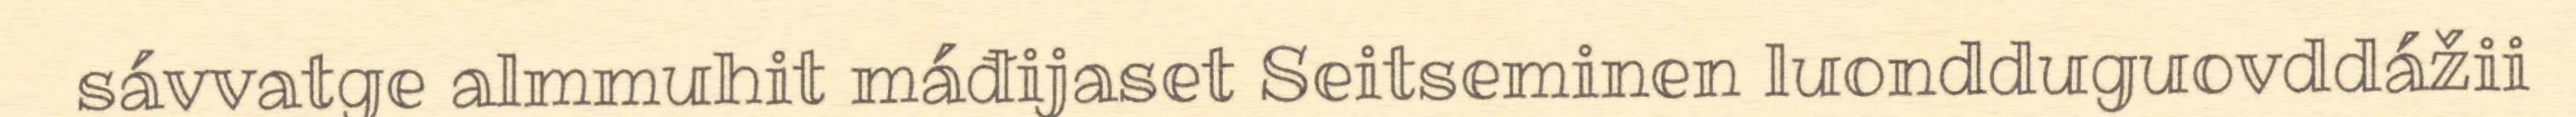
sávvatge almmuhit máđijaset Seitseminen luondduguovddážii